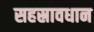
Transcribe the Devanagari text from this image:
सहस्रावधान